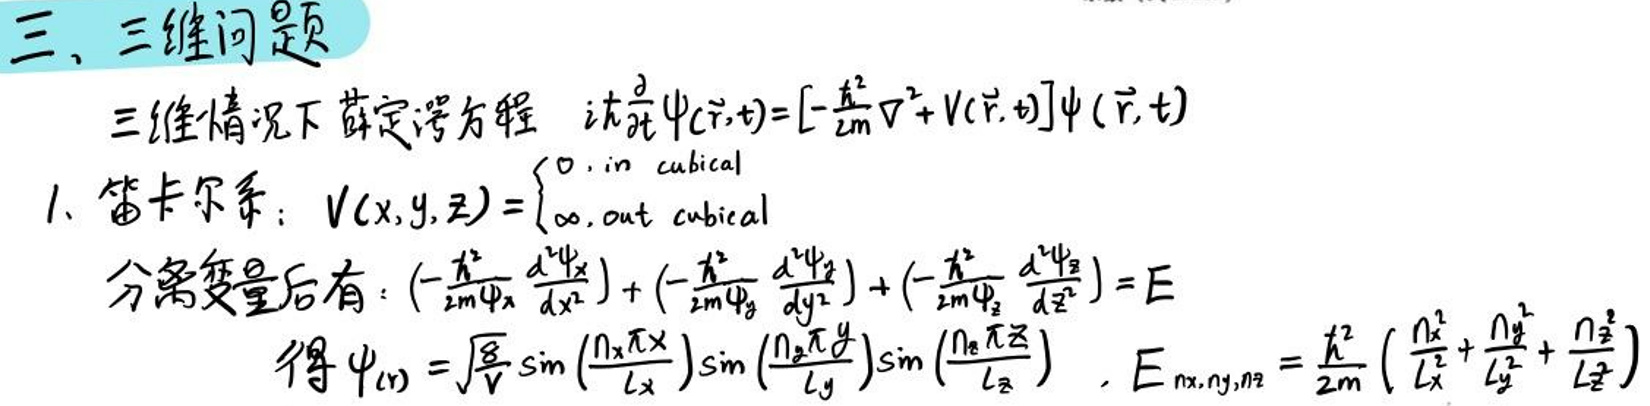
三、三维问题
三维情况下薛定谔方程 \(i\hbar\frac{\partial}{\partial t}\psi(\vec{r},t)=\left[-\frac{\hbar^{2}}{2m}\nabla^{2}+V(\vec{r},t)\right]\psi(\vec{r},t)\)
1. 笛卡尔系：\(V(x,y,z)=\begin{cases}0, & \text{in cubical} \\ \infty, & \text{out cubical}\end{cases}\)
分离变量后有：\(\left(-\frac{\hbar^{2}}{2m\psi_x}\frac{d^{2}\psi_x}{dx^{2}}\right)+\left(-\frac{\hbar^{2}}{2m\psi_y}\frac{d^{2}\psi_y}{dy^{2}}\right)+\left(-\frac{\hbar^{2}}{2m\psi_z}\frac{d^{2}\psi_z}{dz^{2}}\right)=E\)
得 \(\psi_{(n)}=\sqrt{\frac{8}{V}}\sin\left(\frac{n_x\pi x}{L_x}\right)\sin\left(\frac{n_y\pi y}{L_y}\right)\sin\left(\frac{n_z\pi z}{L_z}\right)\)，\(E_{n_x,n_y,n_z}=\frac{\hbar^{2}}{2m}\left(\frac{n_x^{2}}{L_x^{2}}+\frac{n_y^{2}}{L_y^{2}}+\frac{n_z^{2}}{L_z^{2}}\right)\)